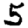
Digit: 5